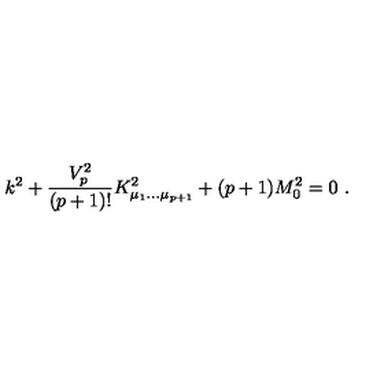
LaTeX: k ^ { 2 } + { \frac { V _ { p } ^ { 2 } } { ( p + 1 ) ! } } K _ { \mu _ { 1 } \dots \mu _ { p + 1 } } ^ { 2 } + ( p + 1 ) M _ { 0 } ^ { 2 } = 0 \ .